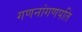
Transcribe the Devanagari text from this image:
गणनांगणपति